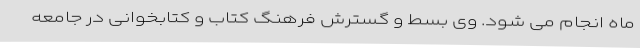
ماه انجام می شود. وی بسط و گسترش فرهنگ کتاب ‌و کتابخوانی در جامعه